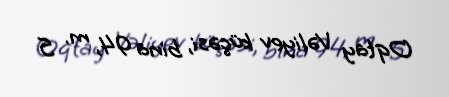
Oqtay Vəliyev küçəsi, bina 94, m. 5